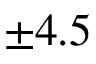
\pm 4 . 5